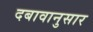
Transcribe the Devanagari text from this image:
दबावानुसार